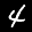
Label: 4